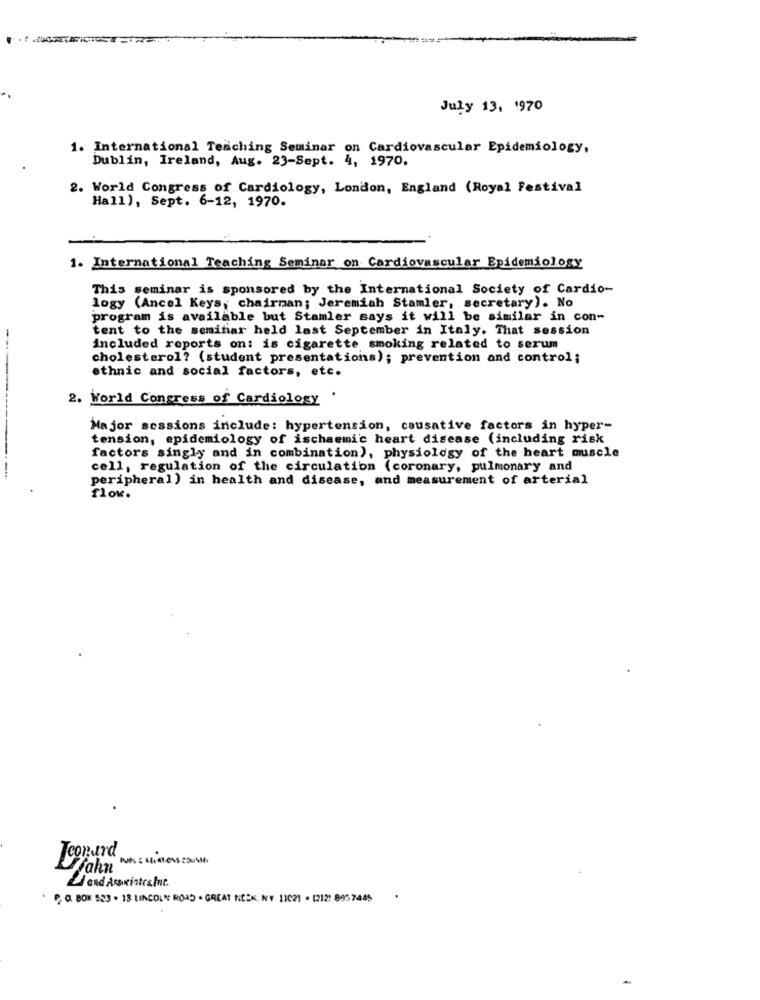
July 13, 1970
1. International Teaching Seminar on Cardiovascular Epidemiology,
Dublin, Ireland, Aug. 23-Sept. 4, 1970.
2. World Congress of Cardiology, London, England (Royal Festival
Hall), Sept. 6-12, 1970.
1. International Teaching Seminar on Cardiovascular Epidemiology
This seminar is sponsored by the International Society of Cardio-
logy (Ancel Keys, chairman; Jeremiah Stamler, secretary). No
program is available but Stamler says it will be similar in con-
tent to the seminar held last September in Italy. That session
included reports on: is cigarette smoking related to serum
cholesterol? (student presentations); prevention and control;
ethnic and social factors, etc.
2. World Congress of Cardiology
.
Major sessions include: hypertension, causative factors in hyper-
tension, epidemiology of ischaemic heart disease (including risk
factors singly and in combination), physiology of the heart muscle
cell, regulation of the circulation (coronary, pulmonary and
peripheral) in health and disease, and measurement of arterial
flow.
Teonurd
4and Askintestine
P. O. BOX 523 . 18 LINCOLN ROAD . GREAT NECK, NY 11021 . 1212: 8957445